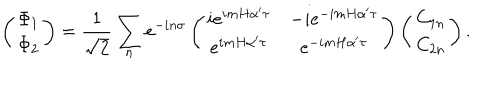
\left( \begin{array} { c } { { \Phi _ { 1 } } } \\ { { \Phi _ { 2 } } } \\ \end{array} \right) = \frac { 1 } { \sqrt { 2 } } \sum _ { n } e ^ { - i n \sigma } \left( \begin{array} { c c } { { i e ^ { i m H \alpha ^ { \prime } \tau } } } & { { - i e ^ { - i m H \alpha ^ { \prime } \tau } } } \\ { { e ^ { i m H \alpha ^ { \prime } \tau } } } & { { e ^ { - i m H \alpha ^ { \prime } \tau } } } \\ \end{array} \right) \left( \begin{array} { c } { { C _ { 1 n } } } \\ { { C _ { 2 n } } } \\ \end{array} \right) .